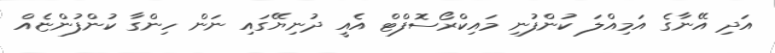
އަދި އޭނާގެ އަމިއްލަ ކުންފުނި މައިކްރޯސޮފްޓް އެއީ ދުނިޔޭގައި ނަން ހިންގާ ކުންފުންޏެއް